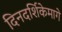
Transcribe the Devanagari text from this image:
दिनदर्शिकेमागे